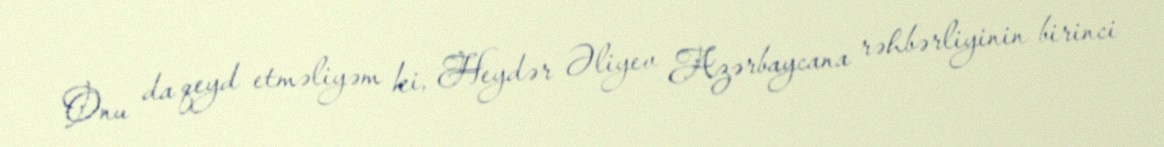
Onu da qeyd etməliyəm ki, Heydər Əliyev Azərbaycana rəhbərliyinin birinci